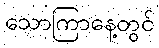
သောကြာနေ့တွင်